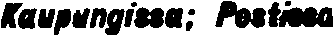
Kaupungissa; Postissa